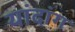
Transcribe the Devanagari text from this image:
यांदांग